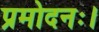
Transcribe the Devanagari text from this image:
प्रमोदनः।